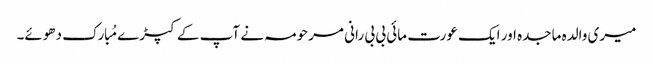
میری والدہ ماجدہ اور ایک عورت مائی بی بی رانی مرحومہ نے آپ کے کپڑے مُبارک دھوئے۔